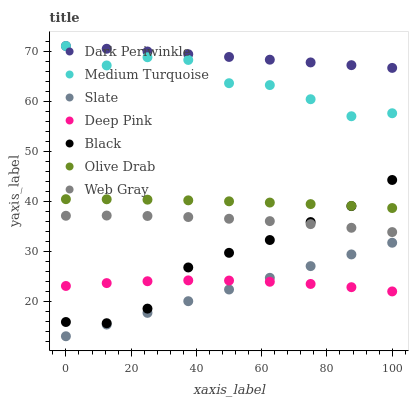
| xaxis_label | Dark Periwinkle | Medium Turquoise | Slate | Deep Pink | Black | Olive Drab | Web Gray |
 | --- | --- | --- | --- | --- | --- | --- | --- |
 | 0 | 71 | 71 | 13 | 23 | 15.8 | 40.4 | 37.1 |
 | 12.5 | 70.5 | 67.1 | 15.3 | 23.6 | 15.6 | 40.4 | 37.1 |
 | 25 | 69.9 | 68.8 | 17.7 | 24 | 18.5 | 40.3 | 37 |
 | 37.5 | 69.4 | 68.2 | 20 | 24.2 | 26.7 | 40.2 | 36.8 |
 | 50 | 68.8 | 63.6 | 22.3 | 24.1 | 29.7 | 40 | 36.5 |
 | 62.5 | 68.3 | 63.2 | 24.7 | 23.9 | 32.2 | 39.7 | 36 |
 | 75 | 67.7 | 60.4 | 27 | 23.5 | 35.8 | 39.4 | 35.4 |
 | 87.5 | 67.2 | 57 | 29.4 | 22.8 | 39 | 39 | 34.7 |
 | 100 | 66.6 | 57.6 | 31.7 | 22 | 44.2 | 38.6 | 33.8 |